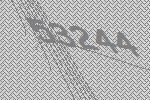
53244